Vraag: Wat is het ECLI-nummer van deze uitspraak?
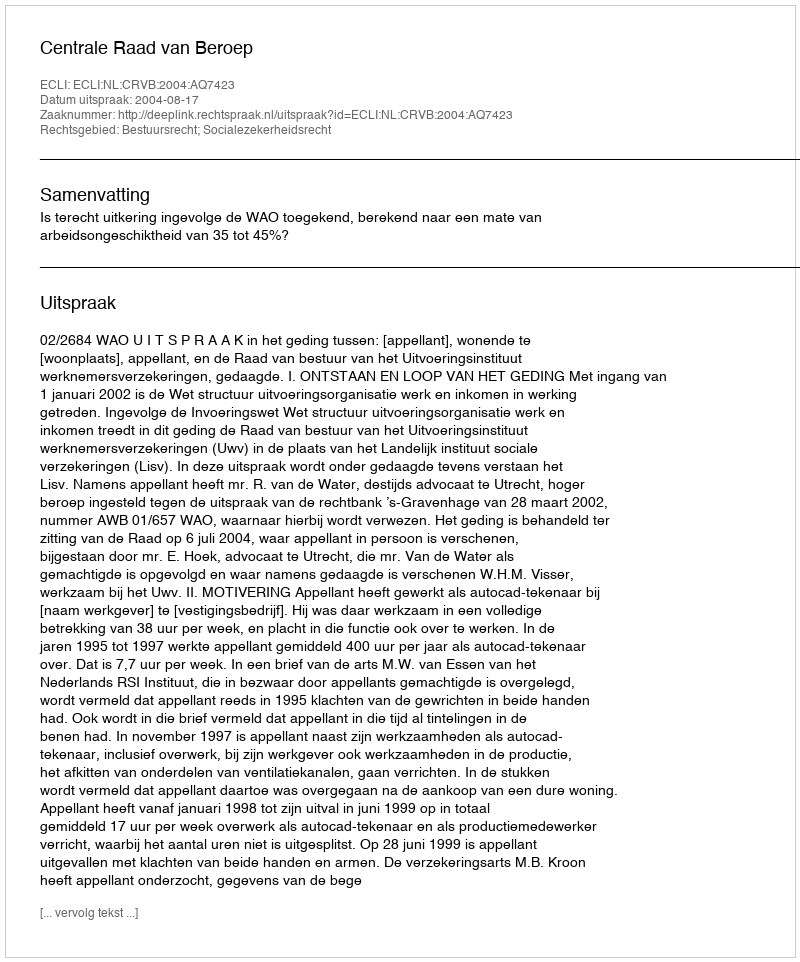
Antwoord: ECLI:NL:CRVB:2004:AQ7423